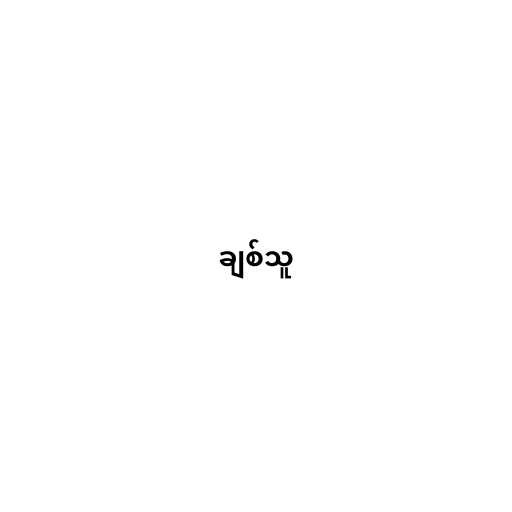
ချစ်သူ